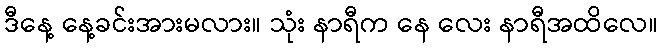
ဒီနေ့ နေ့ခင်းအားမလား။ သုံး နာရီက နေ လေး နာရီအထိလေ။